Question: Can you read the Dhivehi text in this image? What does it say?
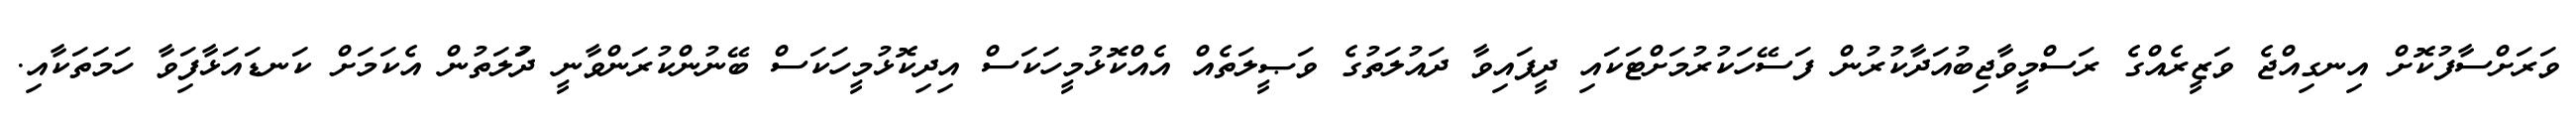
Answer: ވަރަށްސާފުކޮށް އިނގިއްޖެ ވަޒީރެއްގެ ރަސްމީވާޖިބުއަދާކުރުން ފަސޭހަކުރުމަށްޓަކައި ދީފައިވާ ދައުލަތުގެ ވަޞީލަތެއް އެއްކޮޅުމީހަކަސް އިދިކޮޅުމީހަކަސް ބޭނުންކުރަންވާނީ ދަުލަތުން އެކަމަށް ކަނޑައަޅާފަިވާ ހަމަތަކާއި.